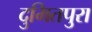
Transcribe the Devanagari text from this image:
दुमितपुरा